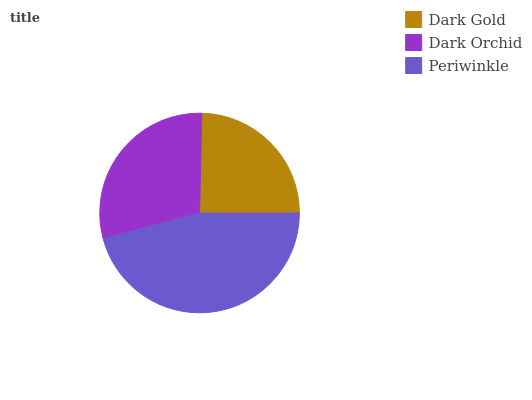
| Dark Gold | Dark Orchid | Periwinkle |
 | --- | --- | --- |
 | 24.6% | 29.6% | 45.8% |